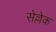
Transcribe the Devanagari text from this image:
सेल्लेक